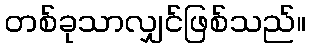
တစ်ခုသာလျှင်ဖြစ်သည်။